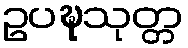
ဥပဍ္ဎသုတ္တ